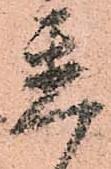
置